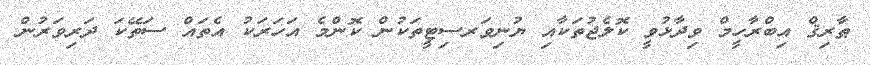
ޠާރިޤް އިބްރާހީމް ވިދާޅުވީ ކޮލެޖުތަކާއި ޔުނިވަރސިޓީތަކުން ކޮންމެ އަހަރަކު އެތައް ސަތޭކަ ދަރިވަރުން